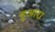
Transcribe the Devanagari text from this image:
हुआरा